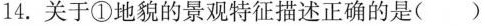
14.关于①地貌的景观特征描述正确的是( )